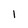
Character: 1